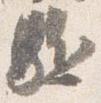
駈